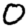
Digit: 0